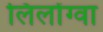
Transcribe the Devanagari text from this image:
लिलोंग्वा